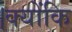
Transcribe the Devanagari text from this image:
।क्योंकि